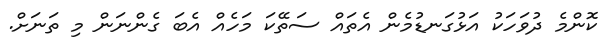
ކޮންމެ ދުވަހަކު އަޅުގަނޑުމެން އެތައް ސަތޭކަ މަހެއް އެބަ ގެންނަން މި ތަނަށް.